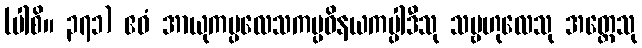
(ပါစိ။ ၃၇၁) ဧဝံ အာယုကပ္ပလေသကပ္ပဝိနယကပ္ပါဒီသု သမ္ဗဟုလေသု အတ္ထေသု